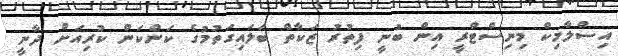
އިސްލާމިކް މިނިސްޓްރީ އިން ބުނީ ފިތުރު ޒަކާތް ބަލައިގަތުމުގެ ކަންކަން ކުރިއަށް ދާނީ